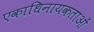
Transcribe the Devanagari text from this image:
एकाधिनायकताओं